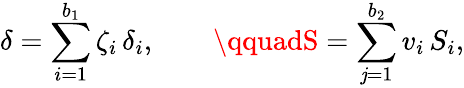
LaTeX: \delta=\sum_{i=1}^{b_{1}}\zeta_{i}\, \delta_{i},\qquad\qquadS=\sum_{\mathit{j}=1}^{b_{2}}v_{i}\, S_{i},